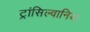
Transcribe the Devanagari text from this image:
ट्रांसिल्वानिया